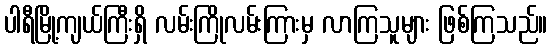
ပါရီမြို့ကျယ်ကြီးရှိ လမ်းကြိုလမ်းကြားမှ လာကြသူများ ဖြစ်ကြသည်။